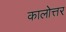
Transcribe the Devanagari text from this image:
कालोत्तर